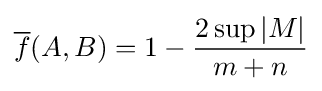
{\overline {f}}(A,B)=1-{\frac {2\sup |M|}{m+n}}